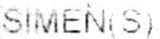
SIMEN(S)